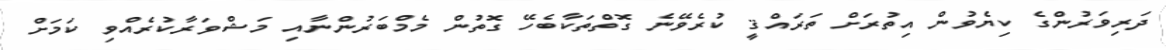
ދަރިވަރުންގެ ކިޔެވުން އިތުރަށް ތަރައްޤީ ކުރެވޭނެ ގޮތްތަކާބެހޭ ގޮތުން މެމްބަރުންނާއި މަޝްވަރާކުރެއްވި ކަމަށް